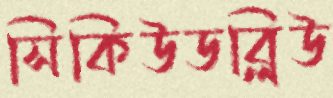
সিকিউডব্লিউ